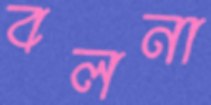
বলনা